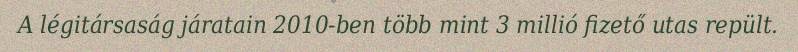
A légitársaság járatain 2010-ben több mint 3 millió fizető utas repült.